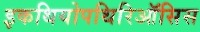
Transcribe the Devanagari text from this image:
इकथियोपथिरिऑसिस